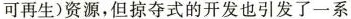
可再生)资源，但掠夺式的开发也引发了一系